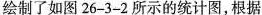
成活的频率绘制了如图26-3-2所示的统计图，根据